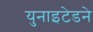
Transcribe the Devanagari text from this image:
युनाइटेडने